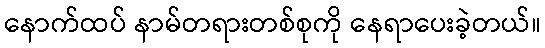
နောက်ထပ် နာမ်တရားတစ်စုကို နေရာပေးခဲ့တယ်။